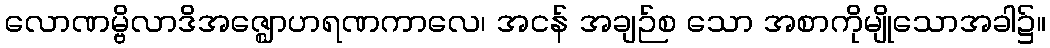
လောဏမ္ဗိလာဒိအဇ္ဈောဟရဏကာလေ၊ အငန် အချဉ်စ သော အစာကိုမျိုသောအခါ၌။